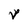
Character: v